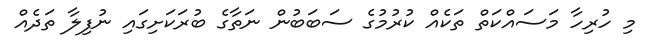
މި ހުރިހާ މަސައްކަތް ތަކެއް ކުރުމުގެ ސަބަބުން ނަތާގެ ބުރަކަށިގައި ނުފިލާ ތަދެއް